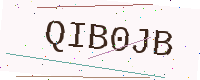
Text: QIB0JB